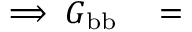
\begin{array} { r l } { \implies G _ { \mathrm { b b } } } & { { } = } \end{array}